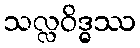
သလ္လဝိဒ္ဓဿ